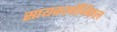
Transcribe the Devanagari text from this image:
सायकलॉजिकल